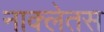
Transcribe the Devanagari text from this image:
नाक्लेतस